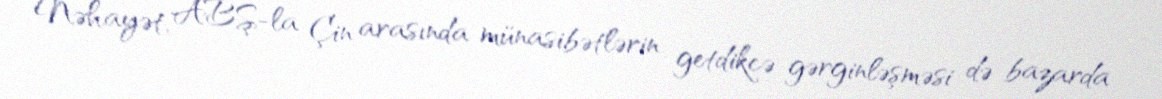
Nəhayət, ABŞ-la Çin arasında münasibətlərin getdikcə gərginləşməsi də bazarda